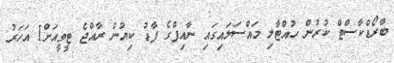
ބްރޯޑްކާސްޓް ކުރުން ހުއްޓާލި މައްސަލައިގައި ނާއިފްގެ ފާޑު ކިޔުން ރާއްޖެ ޓީވީއަށް1 އަހަރު